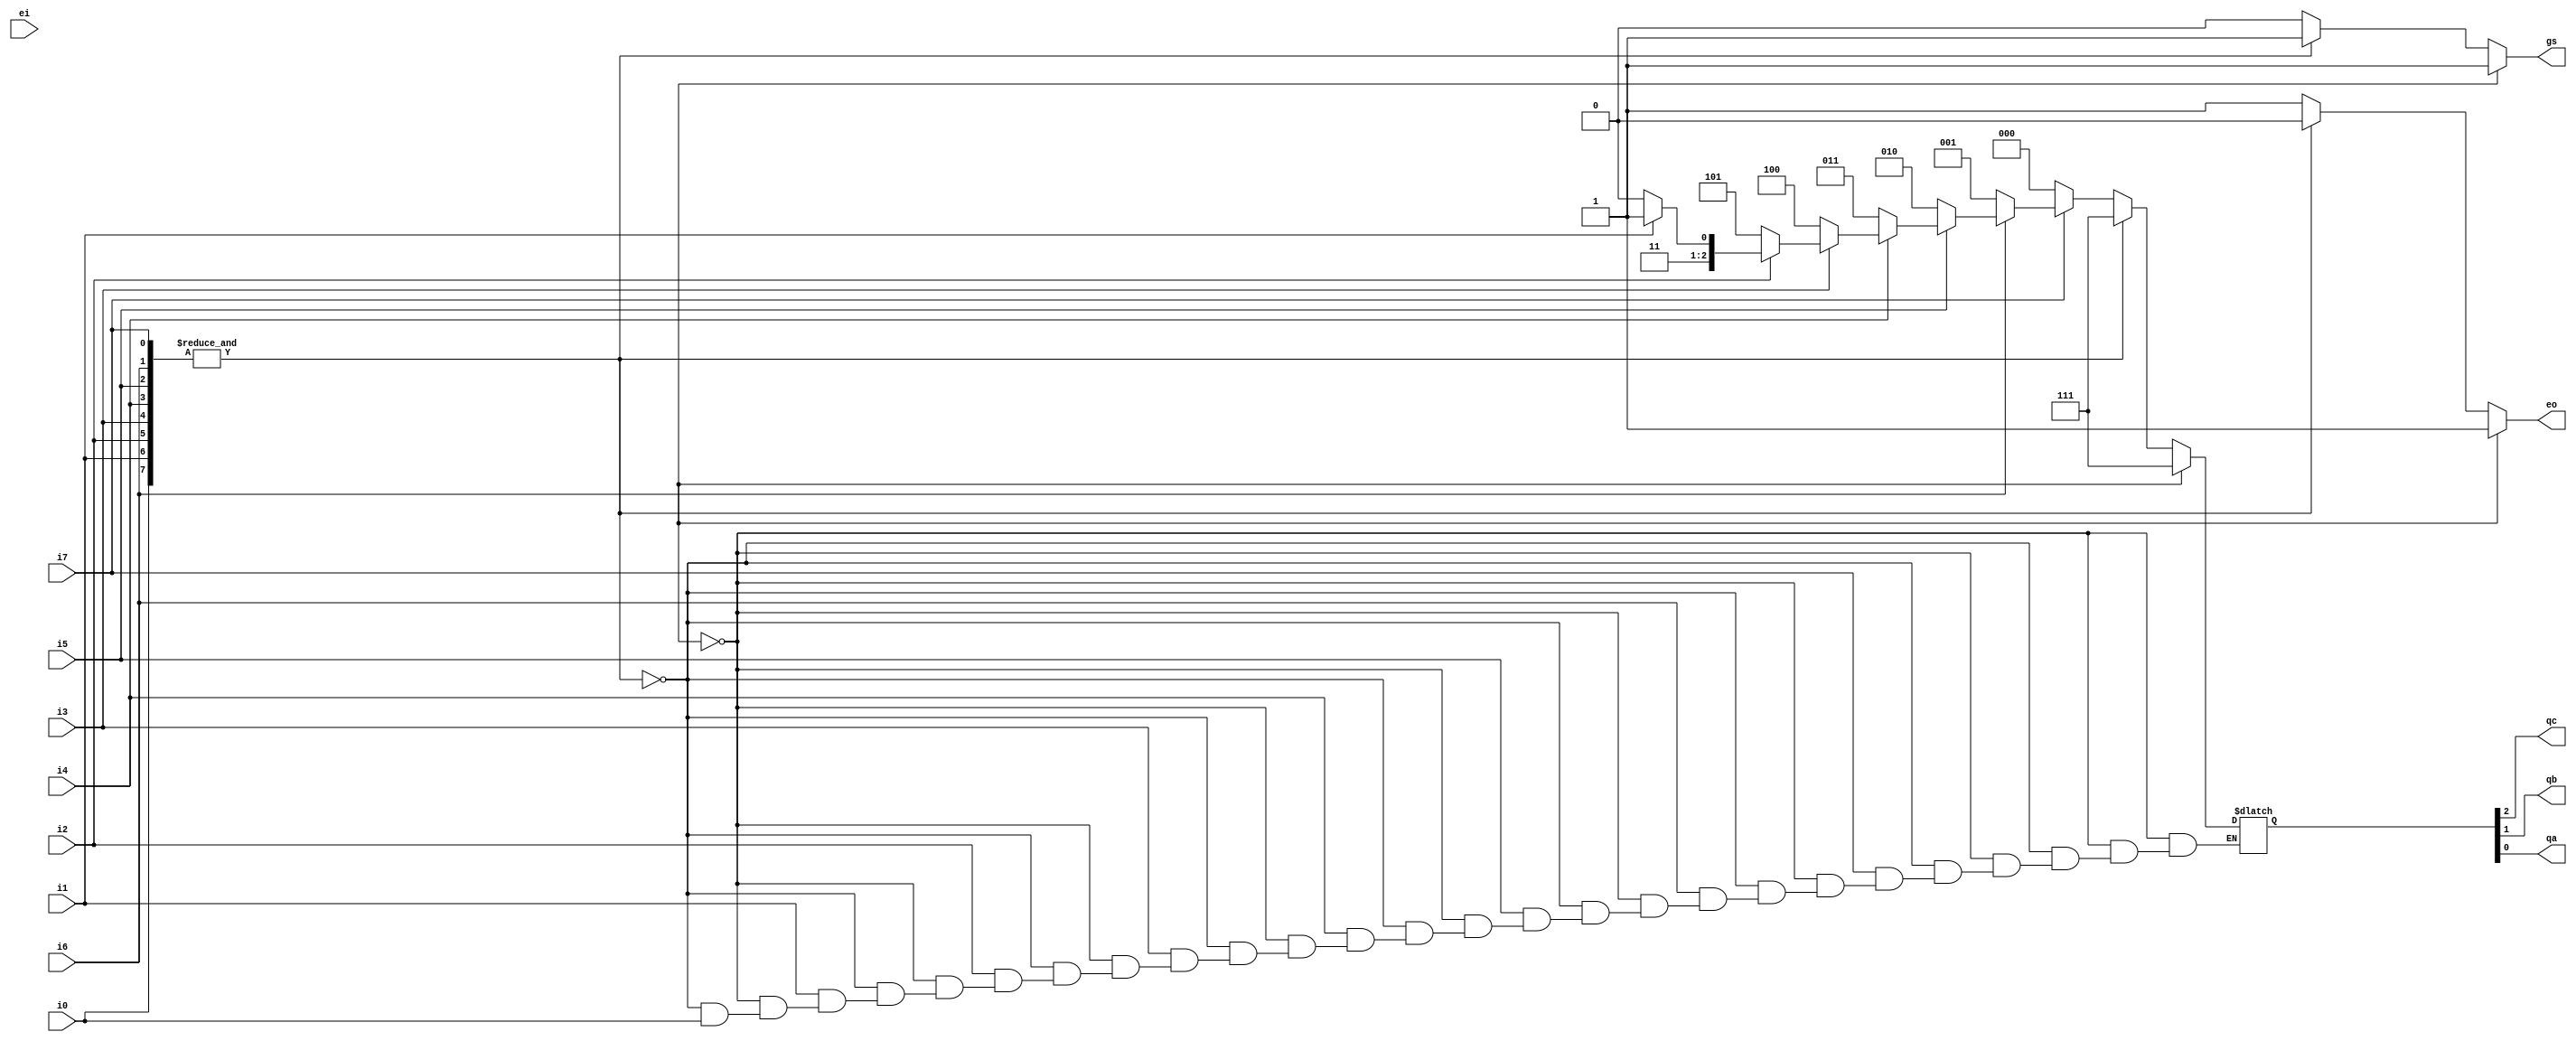
module priority_encoder_8_to_3 #(parameter DELAY = 10)(
    input i7,i6,i5,i4,i3,i2,i1,i0,
    input ei,
    output qc,qb,qa,   
    output gs,eo
    );
    
    wire [7:0]v;
    reg [2:0]y;
    integer i;
	reg gs_reg,eo_reg;
    assign v = {i7,i6,i5,i4,i3,i2,i1,i0};
    
    always @(*)
        if(Ei)
        begin
            y = 3'b111;
            gs_reg = 1'b1;
            eo_reg = 1'b1;
        end
        else
            if( &v )
            begin
                y = 3'b111;
                gs_reg = 1'b1;
                eo_reg = 1'b0;
            end
            else    
            begin
                gs_reg = 1'b0;
                eo_reg = 1'b1;
                for(i=0;i<8;i=i+1)
                    if(v[i] == 0)
                        y = ~i;
            end
    
    assign #DELAY qa = y[0];
    assign #DELAY qb = y[1];
    assign #DELAY qc = y[2];
	assign #DELAY gs = gs_reg;
	assign #DELAY eo = eo_reg;
    
endmodule